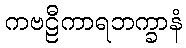
ကဗဠီကာရဘက္ခာနံ